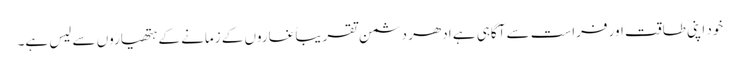
خود اپنی طاقت اور فراست سے آگاہی ہے ادھر دشمن تقریباً غاروں کے زمانے کے ہتھیاروں سے لیس ہے۔